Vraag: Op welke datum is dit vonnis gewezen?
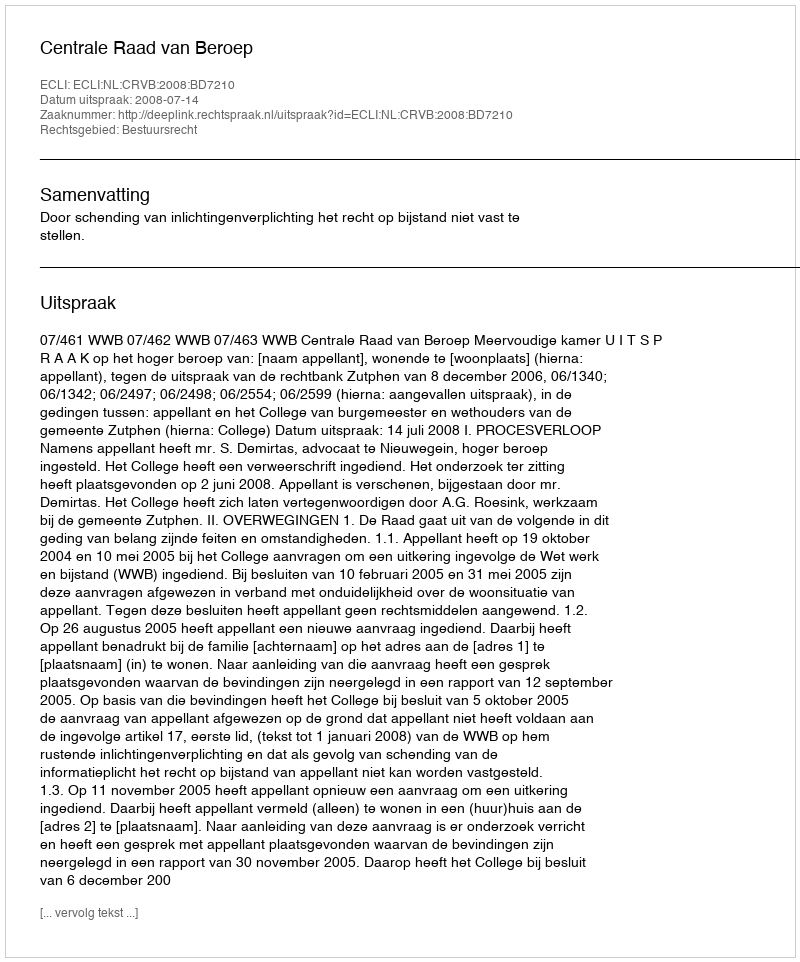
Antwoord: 2008-07-14